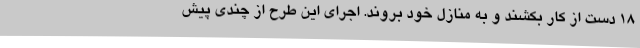
18 دست از کار بکشند و به منازل خود بروند. اجرای این طرح از چندی پیش